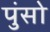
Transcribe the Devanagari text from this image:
पुंसो